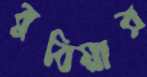
বুবিয়ার